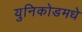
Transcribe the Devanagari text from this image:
युनिकोडमधे